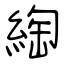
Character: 綯